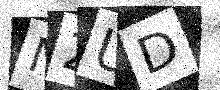
Text: N2UD